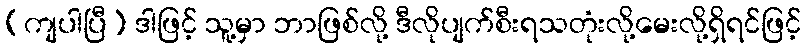
(ကျပါပြီ) ဒါဖြင့် သူ့မှာ ဘာဖြစ်လို့ ဒီလိုပျက်စီးရသတုံးလို့မေးလို့ရှိရင်ဖြင့်